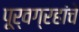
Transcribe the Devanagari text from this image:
पूर्वग्रहांचे